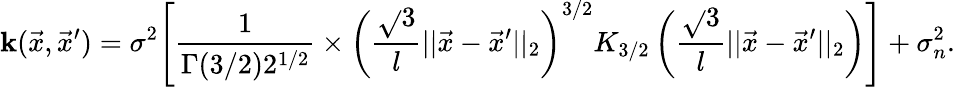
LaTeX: \mathbf{k}(\vec{{x}},\vec{{x}}^{\prime})=\sigma^{2}\Biggl[\frac{{1}}{{\Gamma({3/2})2^{{1/2}}}}\times\left(\frac{{\sqrt{}{{3}}}}{{l}}||\vec{{x}}-\vec{{x}}^{\prime}||_{2}\right)^{3/2}K_{3/2}\left(\frac{{\sqrt{}{{3}}}}{{l}}||\vec{{x}}-\vec{{x}}^{\prime}||_{2}\right)\Biggr]+\sigma_{n}^{2}.